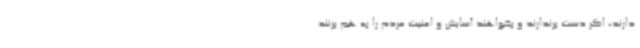
دارند، اگر دست برندارند و بخواهند آسایش و امنیت مردم را به هم بزنند